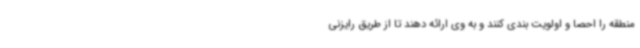
منطقه را احصا و اولویت بندی کنند و به وی ارائه دهند تا از طریق رایزنی